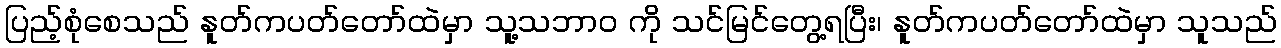
ပြည့်စုံစေသည် နူတ်ကပတ်တော်ထဲမှာ သူ့သဘာဝ ကို သင်မြင်တွေ့ရပြီး၊ နူတ်ကပတ်တော်ထဲမှာ သူသည်